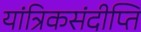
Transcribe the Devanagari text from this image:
यांत्रिकसंदीप्ति